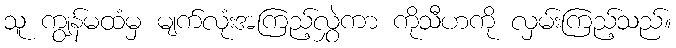
သူ ကျွန်မထံမှ မျက်လုံးအကြည့်လွှဲကာ ကိုသီဟကို လှမ်းကြည့်သည်။